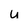
Character: u